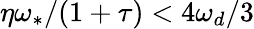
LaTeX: \eta\omega_{\ast}/(1+\tau)<4\omega_{d}/3